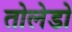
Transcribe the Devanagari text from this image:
तोलेडो